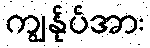
ကျွန်ုပ်အား